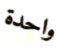
واحدة